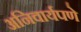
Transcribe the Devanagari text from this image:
अनिवार्यपणे